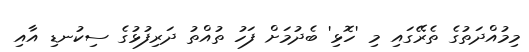
މިމުއްދަތުގެ ތެރޭގައި މި 'ހޮޅި' ބެދުމަށް ފަހު ތުއްތު ދަރިފުޅުގެ ސިކުނޑި އާއި